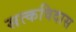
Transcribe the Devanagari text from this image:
सत्कविदास